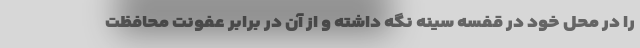
را در محل خود در قفسه سینه نگه داشته و از آن در برابر عفونت محافظت